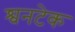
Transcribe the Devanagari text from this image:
श्वनटेक